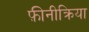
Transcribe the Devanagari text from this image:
फ़ीनीक्रिया